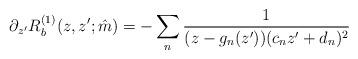
LaTeX: \begin{align*}\partial_{z'}R_b^{(1)}(z,z';\hat m)=-\sum_n\frac{1}{(z-g_n(z'))(c_nz'+d_n)^2}\end{align*}